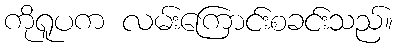
ကိုရူပက လမ်းကြောင်းစခင်းသည်။